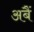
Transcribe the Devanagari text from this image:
अबैं